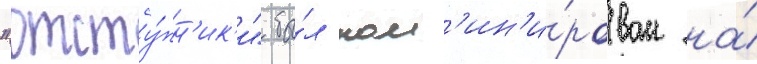
"отсту́пн'ик'и" бы́л ном'ин'и́рован на́